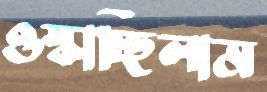
ওস্‌কাচ্ছিলাম